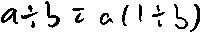
a \div b = a ( 1 \div b )